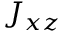
J _ { x z }